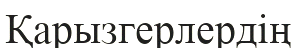
Қарызгерлердің